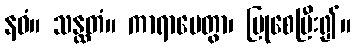
နဝံ။ သန္ထတံ။ ကာရာပေတွာ၊ ပြုစေပြီး၍။